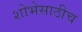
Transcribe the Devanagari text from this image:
शोभेसाठीच